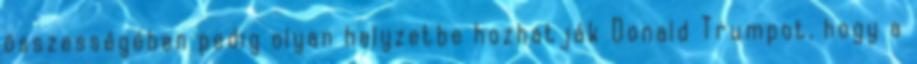
összességében pedig olyan helyzetbe hozhatják Donald Trumpot, hogy a